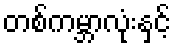
တစ်ကမ္ဘာလုံးနှင့်